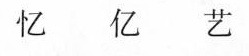
忆 亿 艺